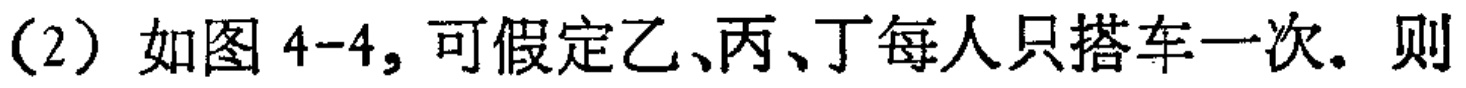
(2) 如图 4-4, 可假定乙、丙、丁每人只搭车一次. 则